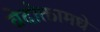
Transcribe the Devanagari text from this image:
वेदोक्तामधे